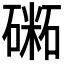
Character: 𥕝